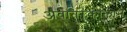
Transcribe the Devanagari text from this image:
अवांतरकालीन